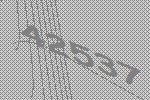
42537